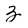
Character: Z